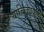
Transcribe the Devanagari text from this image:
याचिकाकर्ती